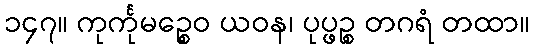
၁၄၇။ ကုင်္ကုမဉ္စေဝ ယဝန၊ ပုပ္ဖဉ္စ တဂရံ တထာ။